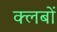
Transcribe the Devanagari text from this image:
क्‍लबों